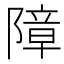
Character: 障